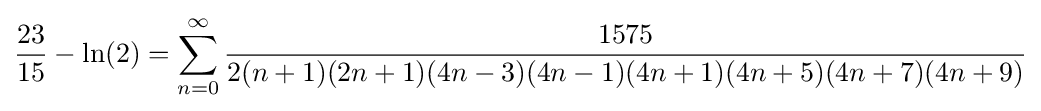
{\frac {23}{15}}-\ln(2)=\sum _{n=0}^{\infty }{\frac {1575}{2(n+1)(2n+1)(4n-3)(4n-1)(4n+1)(4n+5)(4n+7)(4n+9)}}